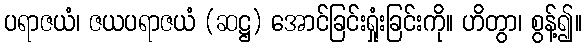
ပရာဇယံ၊ ဇယပရာဇယံ (ဆဋ္ဌ) အောင်ခြင်းရှုံးခြင်းကို။ ဟိတွာ၊ စွန့်၍။